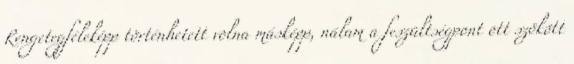
Rengetegféleképp történhetett volna másképp, nálam a feszültségpont ott szökött